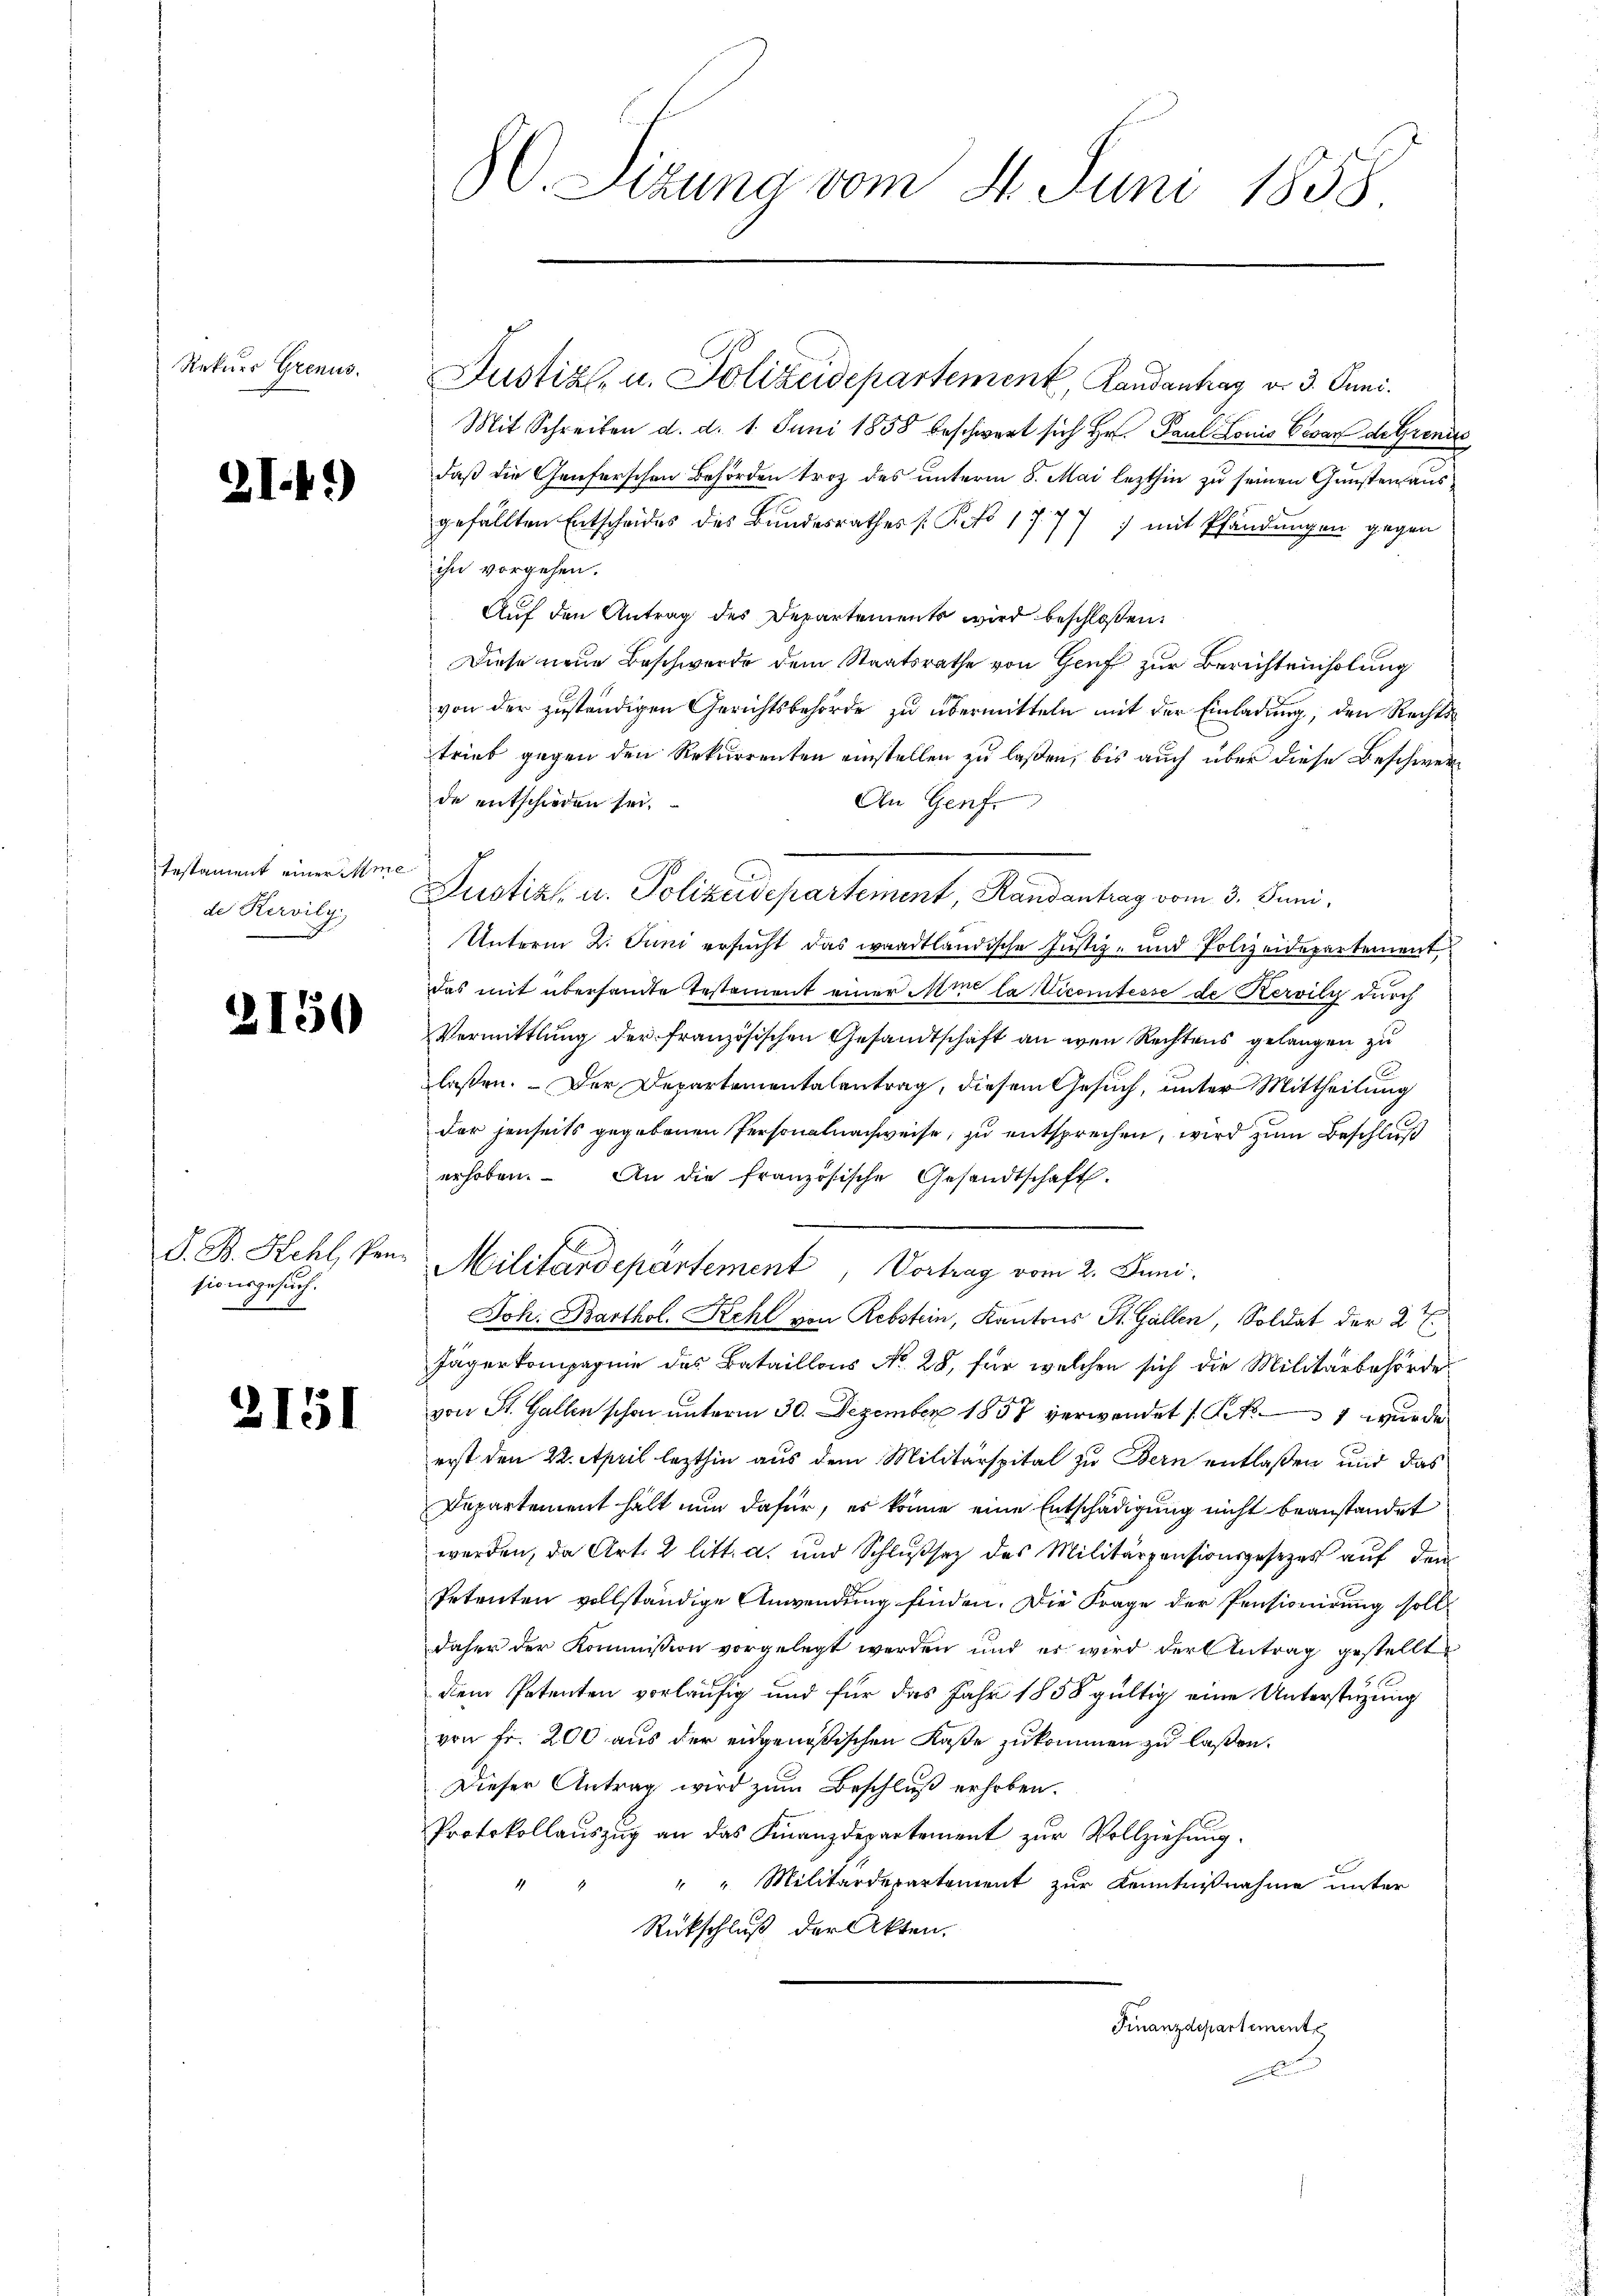
Rekurr Grenus.

2I.41)

testament einer Ame
de Kervily.

2150

S. B. Kehl, Pensionsgesuch.

2151

8. Sizung vom 4. Juni 1858.

Justiz- u. Polizeidepartement, Landantrag v. 3. Juni.
Mit Schreiben d. d. 1. Juni 1858 beschwert sich Hr. Paul Louis Bedarf de Graniz
daß die Genferschen Behörden trotz des unterm 8. Mai lezthin zu seinen Gunsten aus
gefällten Entscheides des Bundesrathes [Po 1777) mit Pfändungen gegen
ihn vorgehen.
Auf den Antrag des Departements wird beschloßen:
Diese neue Beschwerde dem Staatsrathe von Genf zur Berichtenholung
von der zŭständigen Gerichtsbehörde zŭ übermitteln mit der Einladŭng, den Rechtstrieb gegen den Rekurrenten einstellen zu laßen, bis auch über diese Beschwere
de entschieden sei,
An Genf.
Justiz u. Polizeidepartement Randantrag vom 3. Juni,
Unterm 2. Juni ersucht das waadtländische Justiz- und Polizeidepartement
Das mit übersandte Testament einer in la Vicomtesse de Kervily durch
Vermittlung der französischen Gesandtschaft an wen Rechtens gelangen zu
laßen. Der Departementalentrag, diesem Gesuch, unter Mittheilung
der jenseits gegebenen Personalnachweise, zu entsprechen, wird zum Beschluß
erhoben. An die französische Gesandtschaft.
Militärdepartement, Vortrag vom 2. Juni
Joh: Barthol. Kehl von Rebstein, Kantons St. Gallen, Soldat der 2t
Jägerkompagnie des Bataillons No. 28, für welchen sich die Militärbehörde
von St. Gallen schon unterm 30. Dezember 1858 verwendet (S. 7 wurde
erst den 22. April lezthin aus dem Militärspital zu Bern entlaßen und das
Departement halt nun dafür, es könne eine Entschädigung nicht beanstandet
werden, da Art. 2 litt. a. und Schlußsatz des Militärpensionsgesezes auf den
Petenten vollständige Anwendung finden. Die Frage der Pensionirung soll
daher der Kommission vorgelegt werden und es wird der Antrag gestellt
dem Petenten vorläufig und für das Jahr 1858 gültig eine Unterstüzung
von Fr. 200 aus der eidgenößischen Kaße zukommen zu laßen.
Dieser Antrag wird zum Beschluß erhoben.
Protokollauszug an das Finanzdepartement zur Vollziehung.
" " Militärdepartement zur Kenntnisnahme unter
Rückschluß der Akten.
Finanzdepartemente